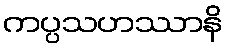
ကပ္ပသဟဿာနိ